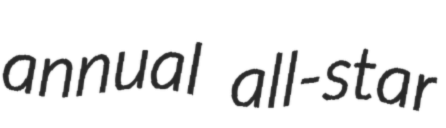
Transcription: annual all-star